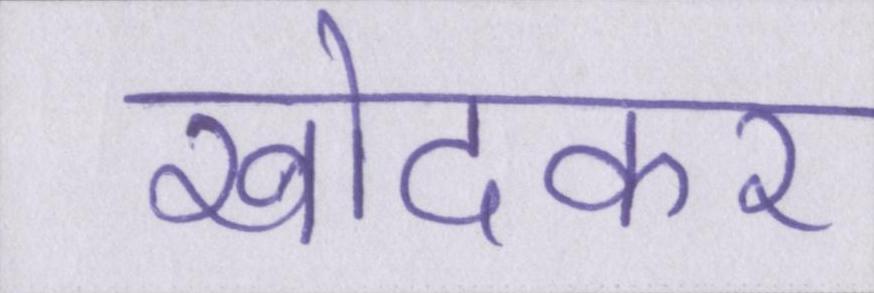
खोदकर